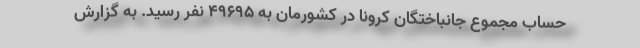
حساب مجموع جانباختگان کرونا در کشورمان به ۴۹۶۹۵ نفر رسید. به گزارش